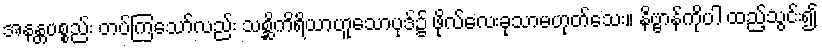
အနန္တပစ္စည်း တပ်ကြသော်လည်း သစ္ဆိကိရိယာဟူသောပုဒ်၌ ဖိုလ်လေးခုသာမဟုတ်သေး။ နိဗ္ဗာန်ကိုပါ ထည့်သွင်း၍